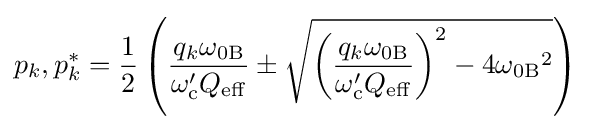
p_{k},p_{k}^{*}={1 \over 2}\left({\frac {q_{k}\omega _{0\mathrm {B} }}{\omega '_{\mathrm {c} }Q_{\mathrm {eff} }}}\pm {\sqrt {\left({\frac {q_{k}\omega _{0\mathrm {B} }}{\omega '_{\mathrm {c} }Q_{\mathrm {eff} }}}\right)^{2}-4{\omega _{0\mathrm {B} }}^{2}}}\right)